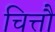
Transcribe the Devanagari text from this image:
चित्तौ